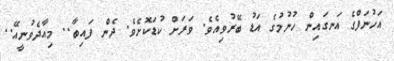
އަހުނަފްގެ އަނގައިން ހުނުމުގެ އަޑު ބޭރުވިއެވެ. ވަރަށް ކުޑަކޮށެވެ. ދެން ފައިބާ.. މިއާދެވުނީއޭ..